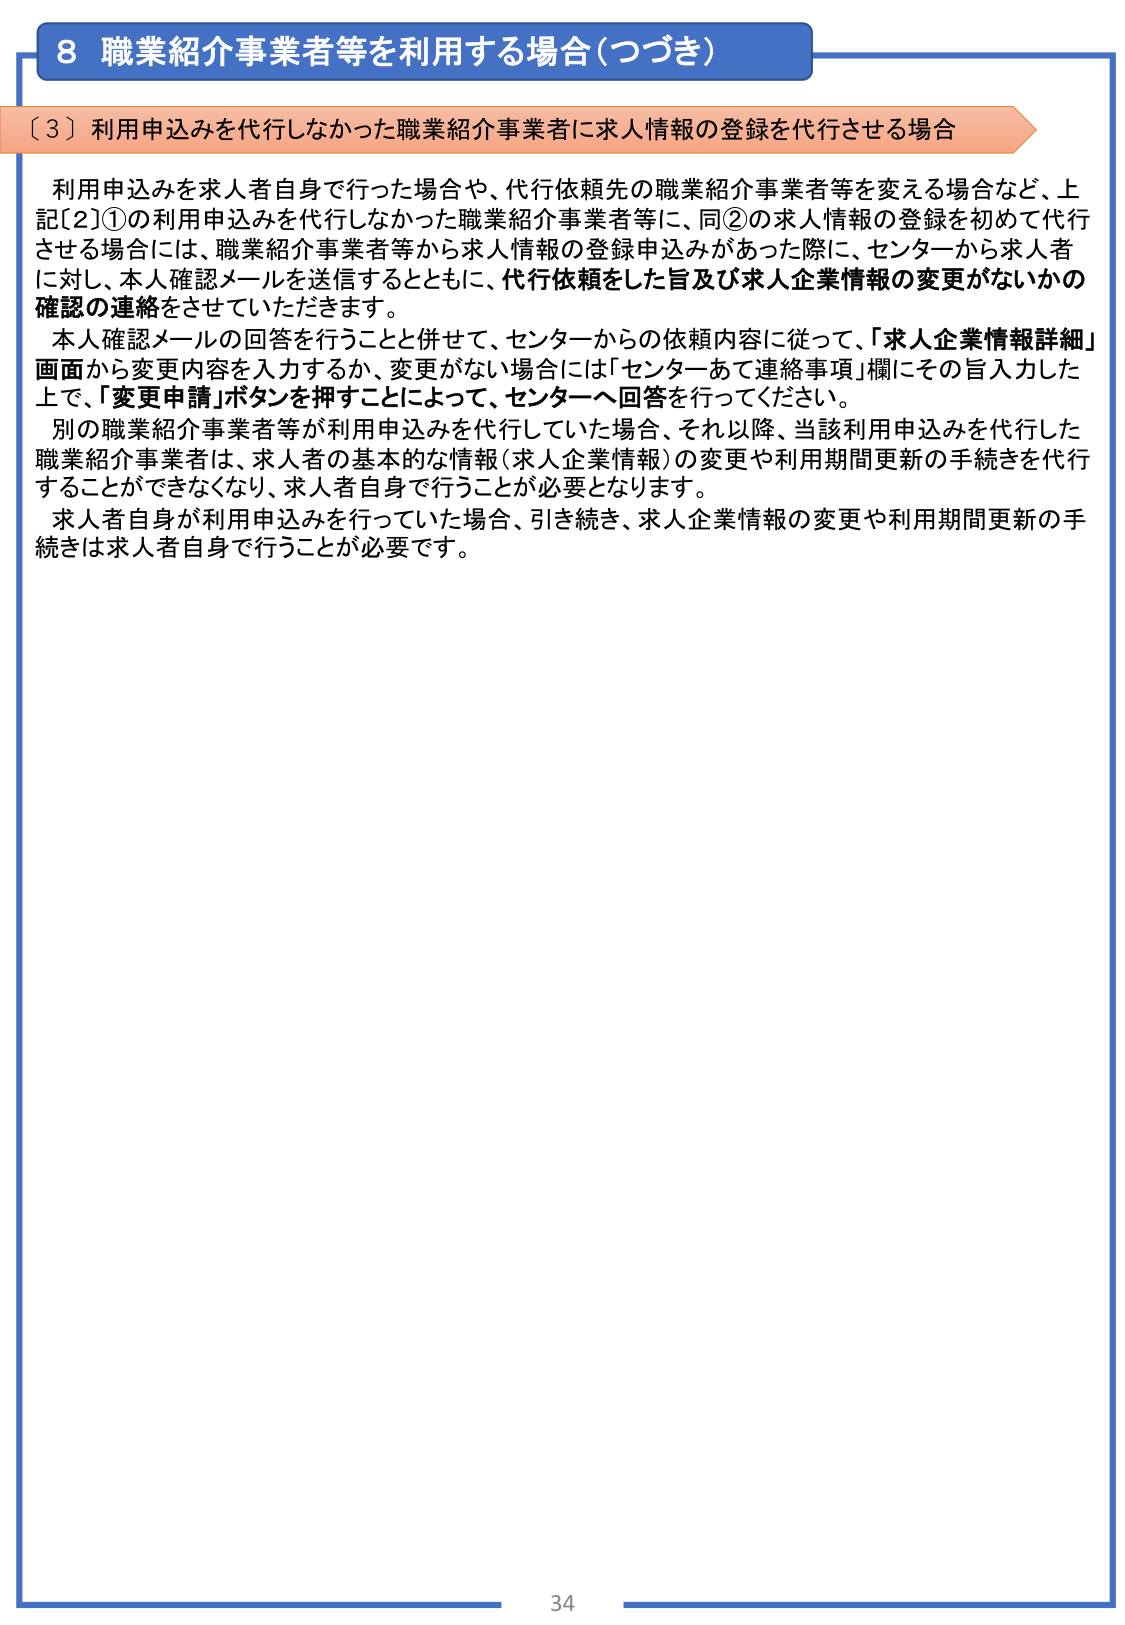
8 職業紹介事業者等を利用する場合（つづき）

〔３〕利用申込みを代行しなかった職業紹介事業者に求人情報の登録を代行させる場合

利用申込みを求人者自身で行った場合や、代行依頼先の職業紹介事業者等を変える場合など、上記〔２〕①の利用申込みを代行しなかった職業紹介事業者等に、同②の求人情報の登録を初めて代行させる場合には、職業紹介事業者等から求人情報の登録申込みがあった際に、センターから求人者に対し、本人確認メールを送信するとともに、代行依頼をした旨及び求人企業情報の変更がないかの確認の連絡をさせていただきます。

本人確認メールの回答を行うことと併せて、センターからの依頼内容に従って、「求人企業情報詳細」画面から変更内容を入力するか、変更がない場合には「センターあて連絡事項」欄にその旨入力した上で、「変更申請」ボタンを押すことによって、センターへ回答を行ってください。

別の職業紹介事業者等が利用申込みを代行していた場合、それ以降、当該利用申込みを代行した職業紹介事業者は、求人者の基本的な情報（求人企業情報）の変更や利用期間更新の手続きを代行することができなくなり、求人者自身で行うことが必要となります。

求人者自身が利用申込みを行っていた場合、引き続き、求人企業情報の変更や利用期間更新の手続きは求人者自身で行うことが必要です。

34